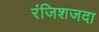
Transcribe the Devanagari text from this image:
रंजिशजदा